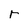
Character: r